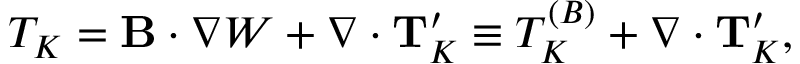
T _ { K } = { \bf { B } } \cdot \nabla W + \nabla \cdot { \bf { T } } _ { K } ^ { \prime } \equiv T _ { K } ^ { ( B ) } + \nabla \cdot { \bf { T } } _ { K } ^ { \prime } ,